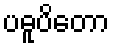
ပဓူပိတော